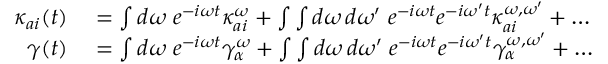
\begin{array} { r l } { \kappa _ { a i } ( t ) } & { { } = \int d \omega \; e ^ { - i \omega t } \kappa _ { a i } ^ { \omega } + \int \int d \omega \, d \omega ^ { \prime } \; e ^ { - i \omega t } e ^ { - i \omega ^ { \prime } t } \kappa _ { a i } ^ { \omega , \omega ^ { \prime } } + \dots } \\ { \gamma ( t ) } & { { } = \int d \omega \; e ^ { - i \omega t } \gamma _ { \alpha } ^ { \omega } + \int \int d \omega \, d \omega ^ { \prime } \; e ^ { - i \omega t } e ^ { - i \omega ^ { \prime } t } \gamma _ { \alpha } ^ { \omega , \omega ^ { \prime } } + \dots } \end{array}